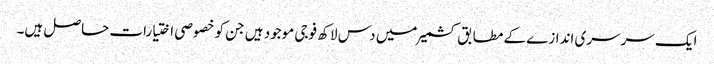
ایک سرسری اندازے کے مطابق کشمیر میں دس لاکھ فوجی موجود ہیں جن کو خصوصی اختیارات حاصل ہیں۔